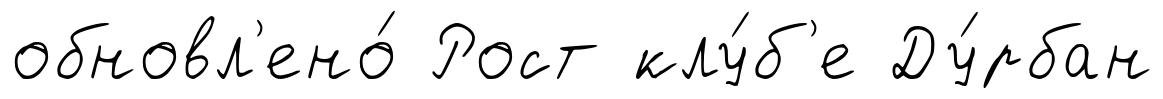
обновл'ено́ Рост клу́б'е Ду́рбан